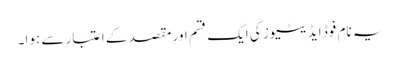
یہ نام فوڈ ایڈیٹیوز کی ایک قسم اور مقصد کے اعتبار سے ہوا۔